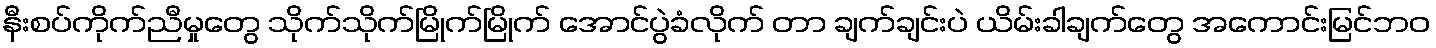
နီးစပ်ကိုက်ညီမှုတွေ သိုက်သိုက်မြိုက်မြိုက် အောင်ပွဲခံလိုက် တာ ချက်ချင်းပဲ ယိမ်းခါချက်တွေ အကောင်းမြင်ဘဝ